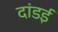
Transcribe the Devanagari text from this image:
दांडई